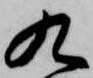
九